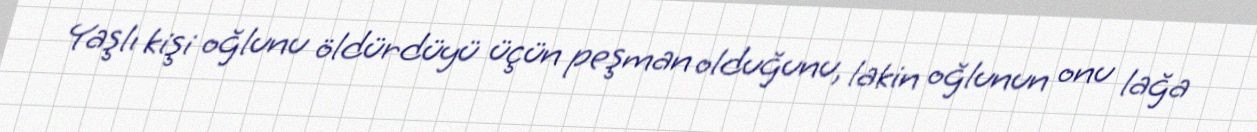
Yaşlı kişi oğlunu öldürdüyü üçün peşman olduğunu, lakin oğlunun onu lağa